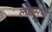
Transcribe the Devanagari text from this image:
लछमण